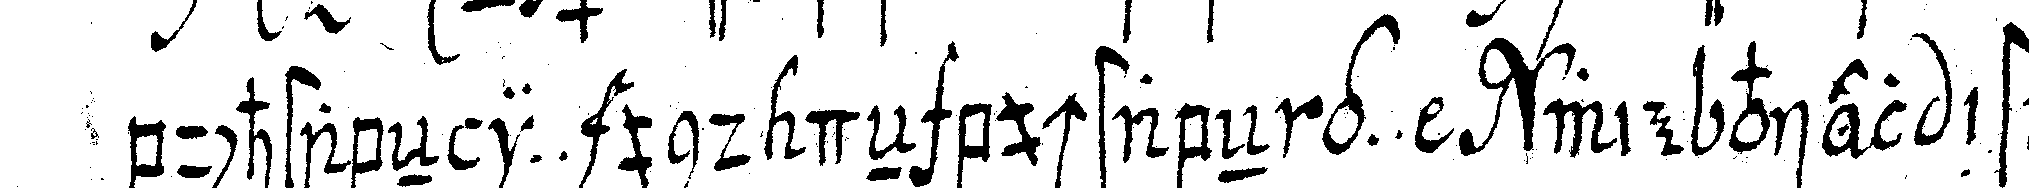
buchstabeN i .. und deN buchstabeN g ..  wie viel ist